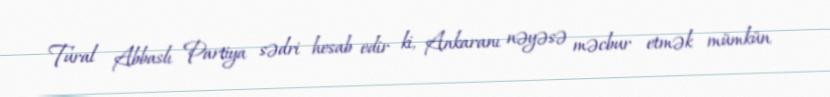
Tural Abbaslı Partiya sədri hesab edir ki, Ankaranı nəyəsə məcbur etmək mümkün